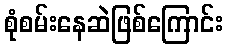
စုံစမ်းနေဆဲဖြစ်ကြောင်း